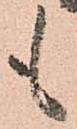
も